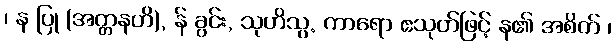
၊ န ပြု (အတ္တနဟိ), န် ခွင်း, သုဟိသွ. ကာရော ဧသုတ်ဖြင့် န၏ အစိတ် ၊